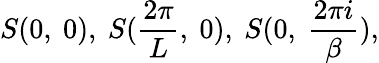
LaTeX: S(0,\ 0),\ S(\frac{2\pi}{L},\ 0),\ S(0,\ \frac{2\pi i}{\beta}),